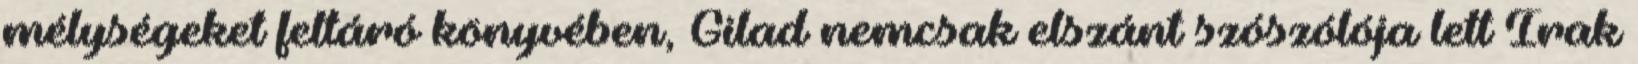
mélységeket feltáró könyvében, Gilad nemcsak elszánt szószólója lett Irak